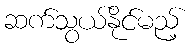
ဆက်သွယ်နိုင်မည့်